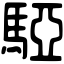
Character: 𩤃